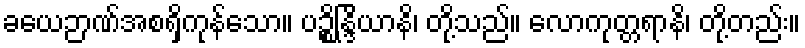
ခယေဉာဏ်အစရှိကုန်သော။ ပဉ္စိန္ဒြိယာနိ၊ တို့သည်။ လောကုတ္တရာနိ၊ တို့တည်း။